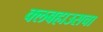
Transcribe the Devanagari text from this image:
क्लबहाउसचा